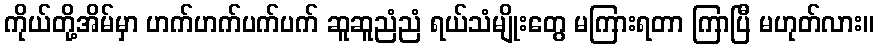
ကိုယ်တို့အိမ်မှာ ဟက်ဟက်ပက်ပက် ဆူဆူညံညံ ရယ်သံမျိုးတွေ မကြားရတာ ကြာပြီ မဟုတ်လား။